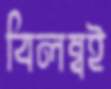
বিলম্বই